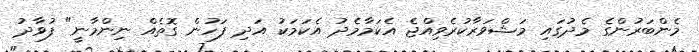
މެންބަރުންގެ މެދުގައި މަޝްވަރާކުރެވިއްޖެ އެކަމާމެދު އެކަމަކު އަދި ފަހުން ގޮތެއް ނިންމާނީ" ފުވާދު